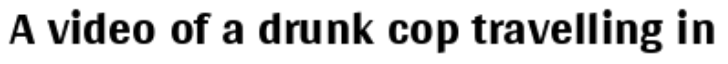
A video of a drunk cop travelling in